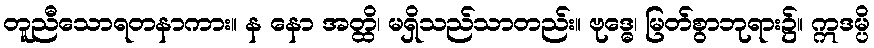
တူညီသောရတနာကား။ န နော အတ္ထိ၊ မရှိသည်သာတည်း။ ဗုဒ္ဓေ၊ မြတ်စွာဘုရား၌။ ဣဒမ္ပိ